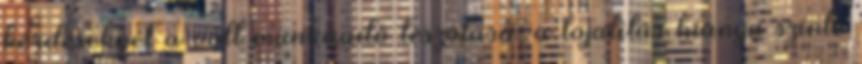
kérdéseknél a volt munkaadó leszólása, a lojalitás hiánya szinte